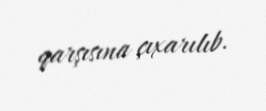
qarşısına çıxarılıb.